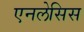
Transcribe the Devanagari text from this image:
एनलेसिस